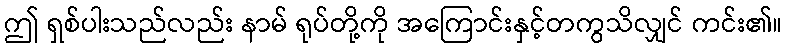
ဤ ရှစ်ပါးသည်လည်း နာမ် ရုပ်တို့ကို အကြောင်းနှင့်တကွသိလျှင် ကင်း၏။